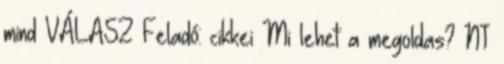
mind VÁLASZ Feladó: cikkei Mi lehet a megoldas? NT